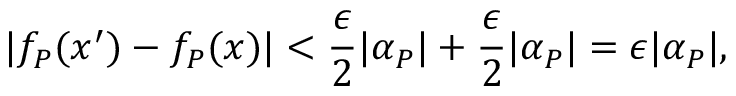
| f _ { P } ( x ^ { \prime } ) - f _ { P } ( x ) | < \frac { \epsilon } { 2 } | \alpha _ { P } | + \frac { \epsilon } { 2 } | \alpha _ { P } | = \epsilon | \alpha _ { P } | ,